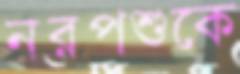
নরপশুকে